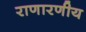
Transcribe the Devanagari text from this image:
राणारणीय